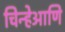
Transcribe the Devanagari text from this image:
चिन्हेआणि